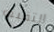
التقيته